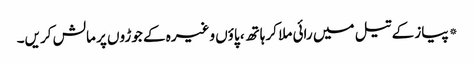
*پیاز کے تیل میں رائی ملا کر ہاتھ، پاؤں وغیرہ کے جوڑوں پر مالش کریں۔